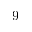
9